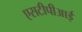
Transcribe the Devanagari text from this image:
एसटीपीआई